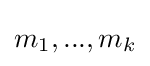
m_{1},...,m_{k}